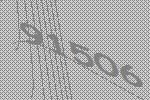
91506